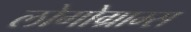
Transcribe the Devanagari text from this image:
लोगोग्राम्स